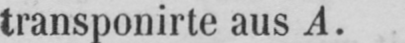
transponirte aus A.